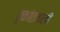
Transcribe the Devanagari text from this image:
तुकांतवाली